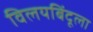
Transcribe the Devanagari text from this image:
विलयबिंदूला